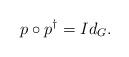
LaTeX: \begin{align*} p\circ p^{\dagger}= Id_G.\end{align*}